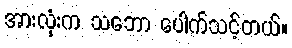
အားလုံးက သဘော ပေါက်သင့်တယ်။